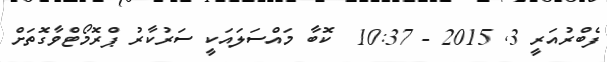
ފެބްރުއަރީ 3